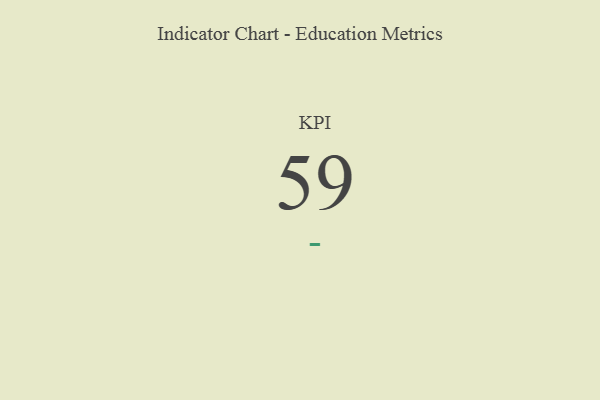
{"axis": {"x": "KPI", "y": "Value"}, "legend": [""], "data": [{"x": "KPI", "y": 59, "type": ""}]}